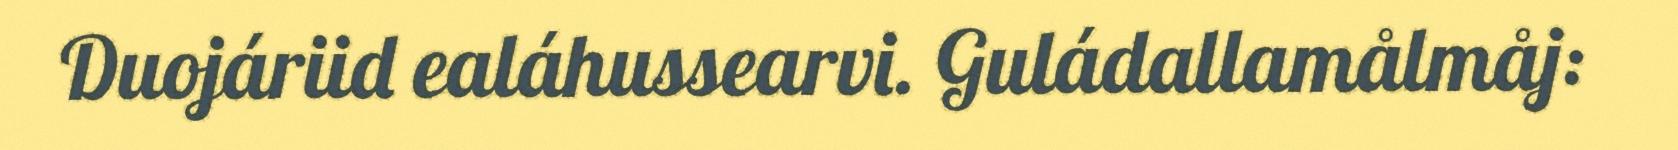
Duojáriid ealáhussearvi. Guládallamålmåj: